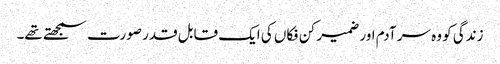
زندگی کو وہ سر آدم اور ضمیر کن فکاں کی ایک قابل قدر صورت سمجھتے تھے۔